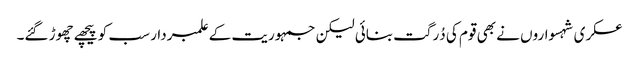
عسکری شہسواروں نے بھی قوم کی دُرگت بنائی لیکن جمہوریت کے علمبردار سب کو پیچھے چھوڑ گئے۔